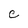
Character: C